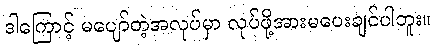
ဒါကြောင့် မပျော်တဲ့အလုပ်မှာ လုပ်ဖို့အားမပေးချင်ပါဘူး။